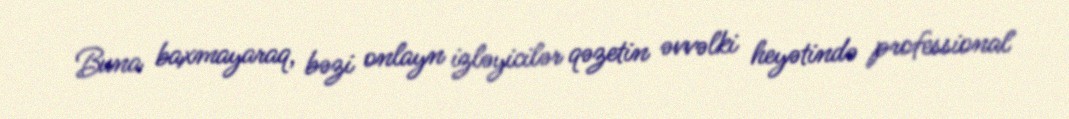
Buna baxmayaraq, bəzi onlayn izləyicilər qəzetin əvvəlki heyətində professional